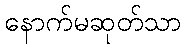
နောက်မဆုတ်သာ